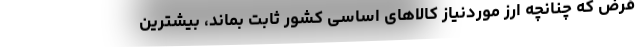
فرض که چنانچه ارز موردنیاز کالاهای اساسی کشور ثابت بماند، بیشترین